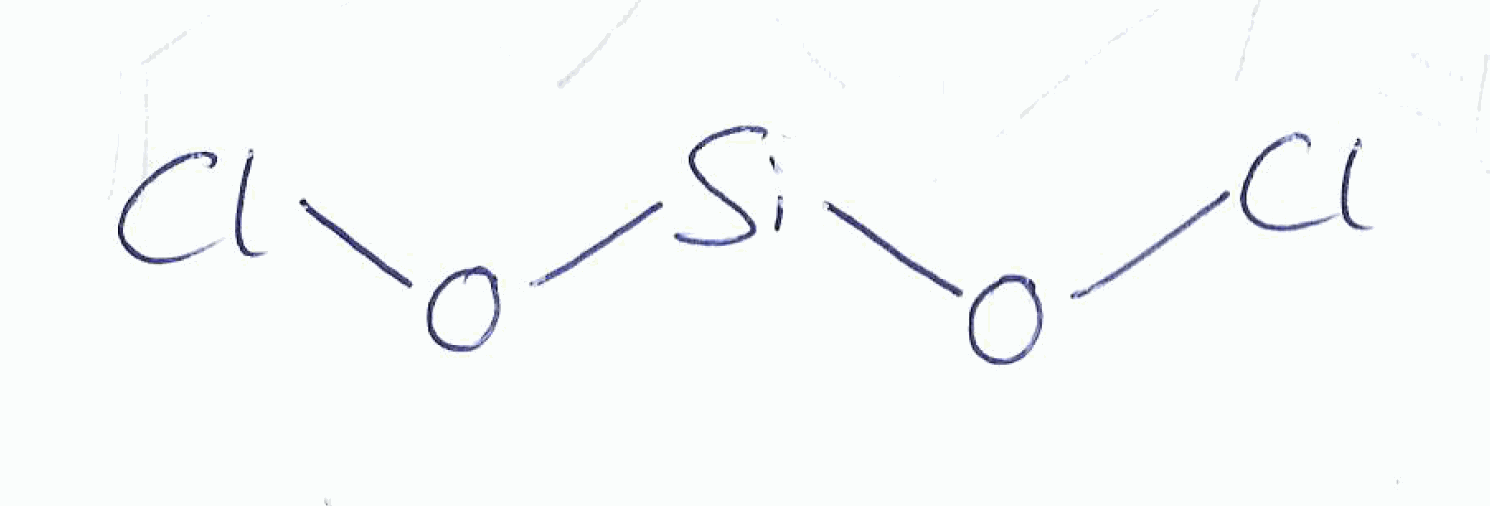
Simplified molecular-input line-entry system (SMILES) notation of the given molecule:
O([Si]OCl)Cl